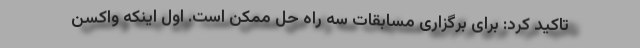
تاکید کرد: برای برگزاری مسابقات سه راه حل ممکن است. اول اینکه واکسن